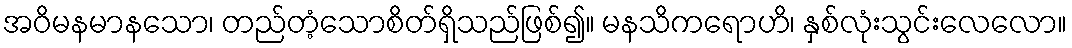
အဝိမနမာနသော၊ တည်တံ့သောစိတ်ရှိသည်ဖြစ်၍။ မနသိကရောဟိ၊ နှစ်လုံးသွင်းလေလော။